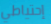
إحتياطي